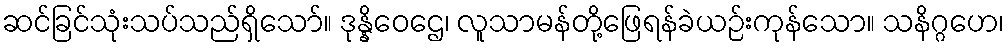
ဆင်ခြင်သုံးသပ်သည်ရှိသော်။ ဒုန္နိဝေဌေ၊ လူသာမန်တို့ဖြေရန်ခဲယဉ်းကုန်သော။ သနိဂ္ဂဟေ၊